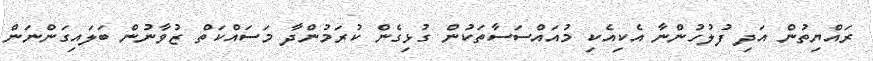
ރައްޔިތުން އަދި ފުލުހުންނާ އެކިއެކި މުއައްސަސާތަކުން ގުޅިގެން ކުރަމުންދާ މަސައްކަތް ޒުވާނުން ބަލައިގަންނަން